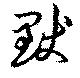
黙